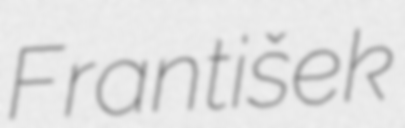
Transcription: František